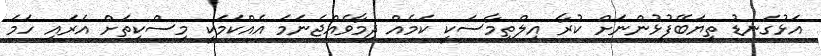
އަޅުގަނޑު ތިޔަބޭފުޅުންނަށް ކުރާ އިލްތިމާސަކީ ކަމެއް ދިމާވެއްޖެނަމަ އެއްކަމަކީ މިސްކިތަށް އަރައި ހަމަ